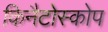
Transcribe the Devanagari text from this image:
किनैटोस्कोप